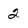
Character: 2